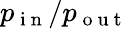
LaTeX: p_{\mathrm{~i~n~}}/p_{\mathrm{~o~u~t~}}